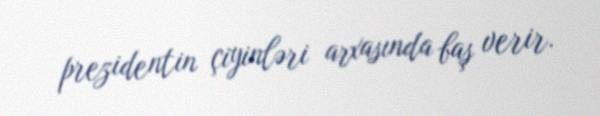
prezidentin çiyinləri arxasında baş verir.